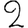
Digit: 2